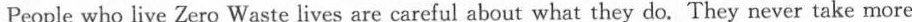
People who live Zero Waste lives are careful about what they do.They never take more